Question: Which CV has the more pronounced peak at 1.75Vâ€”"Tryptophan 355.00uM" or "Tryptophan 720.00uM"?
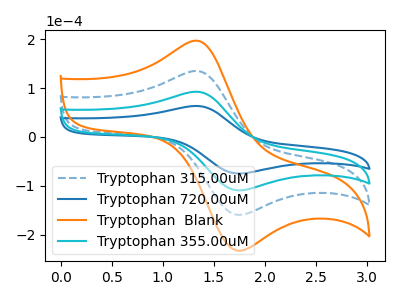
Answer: <think>The blue dashed curve "Tryptophan 315.00uM" has an anodic peak at (1.35V, 184.40uA) and a cathodic peak at (1.75V, -218.65uA). The blue curve "Tryptophan 720.00uM" has an anodic peak at (1.35V, 63.15uA) and a cathodic peak at (1.75V, -74.90uA). The orange curve "Tryptophan  Blank" has an anodic peak at (1.35V, 276.55uA) and a cathodic peak at (1.75V, -328.00uA). The cyan curve "Tryptophan 355.00uM" has an anodic peak at (1.35V, 92.20uA) and a cathodic peak at (1.75V, -109.35uA).</think>
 <answer>The peak at 1.75V is higher in "Tryptophan 355.00uM" than in "Tryptophan 720.00uM".</answer>
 <eval>higher</eval>